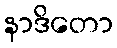
နာဒိတော